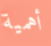
أهمية